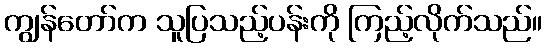
ကျွန်တော်က သူပြသည့်ပန်းကို ကြည့်လိုက်သည်။